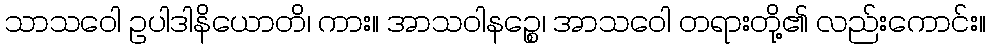
သာသဝေါ ဥပါဒါနိယောတိ၊ ကား။ အာသဝါနဉ္စေ၊ အာသဝေါ တရားတို့၏ လည်းကောင်း။